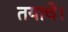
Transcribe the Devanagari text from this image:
तयाचे।